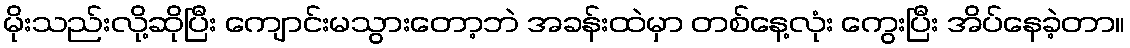
မိုးသည်းလို့ဆိုပြီး ကျောင်းမသွားတော့ဘဲ အခန်းထဲမှာ တစ်နေ့လုံး ကွေးပြီး အိပ်နေခဲ့တာ။